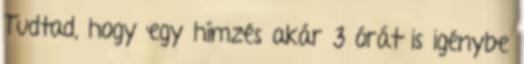
Tudtad, hogy egy hímzés akár 3 órát is igénybe